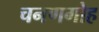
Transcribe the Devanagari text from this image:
चनणगोह